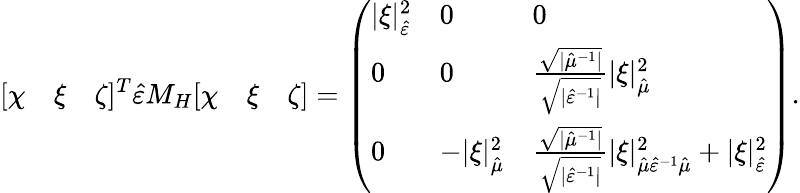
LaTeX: [\begin{array}{lll}{\chi}&{\xi}&{\zeta}\end{array}]^{T}\hat{\varepsilon}{M_{H}}[\begin{array}{lll}{\chi}&{\xi}&{\zeta}\end{array}]=\left(\begin{array}{lll}{\lvert\xi\rvert_{\hat{\varepsilon}}^{2}}&{0}&{0}\\ {0}&{0}&{\frac{\sqrt{\lvert\hat{\mu}^{-1}\rvert}}{\sqrt{\lvert\hat{\varepsilon}^{-1}\rvert}}\lvert\xi\rvert_{\hat{\mu}}^{2}}\\ {0}&{-\lvert\xi\rvert_{\hat{\mu}}^{2}}&{\frac{\sqrt{\lvert\hat{\mu}^{-1}\rvert}}{\sqrt{\lvert\hat{\varepsilon}^{-1}\rvert}}\lvert\xi\rvert_{\hat{\mu}\hat{\varepsilon}^{-1}\hat{\mu}}^{2}+\lvert\xi\rvert_{\hat{\varepsilon}}^{2}}\end{array}\right).